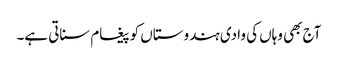
آج بھی وہاں کی وادی ہندوستاں کو پیغام سناتی ہے۔